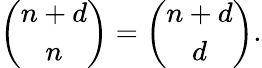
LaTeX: {\binom{n+d}{n}}={\binom{n+d}{d}}.